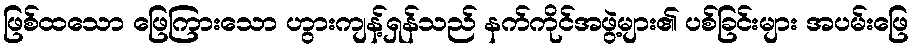
ဖြစ်ထသော ဖြေကြားသော ဟွားကျန့်ရှန်သည် နက်ကိုင်အဖွဲ့များ၏ ပစ်ခြင်းများ အပမ်းဖြေ